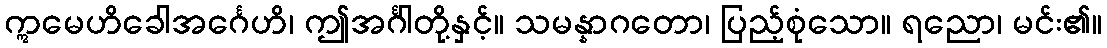
ဣမေဟိခေါအင်္ဂေဟိ၊ ဤအင်္ဂါတို့နှင့်။ သမန္နာဂတော၊ ပြည့်စုံသော။ ရညော၊ မင်း၏။